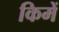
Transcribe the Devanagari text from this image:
किमें